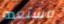
مستعده